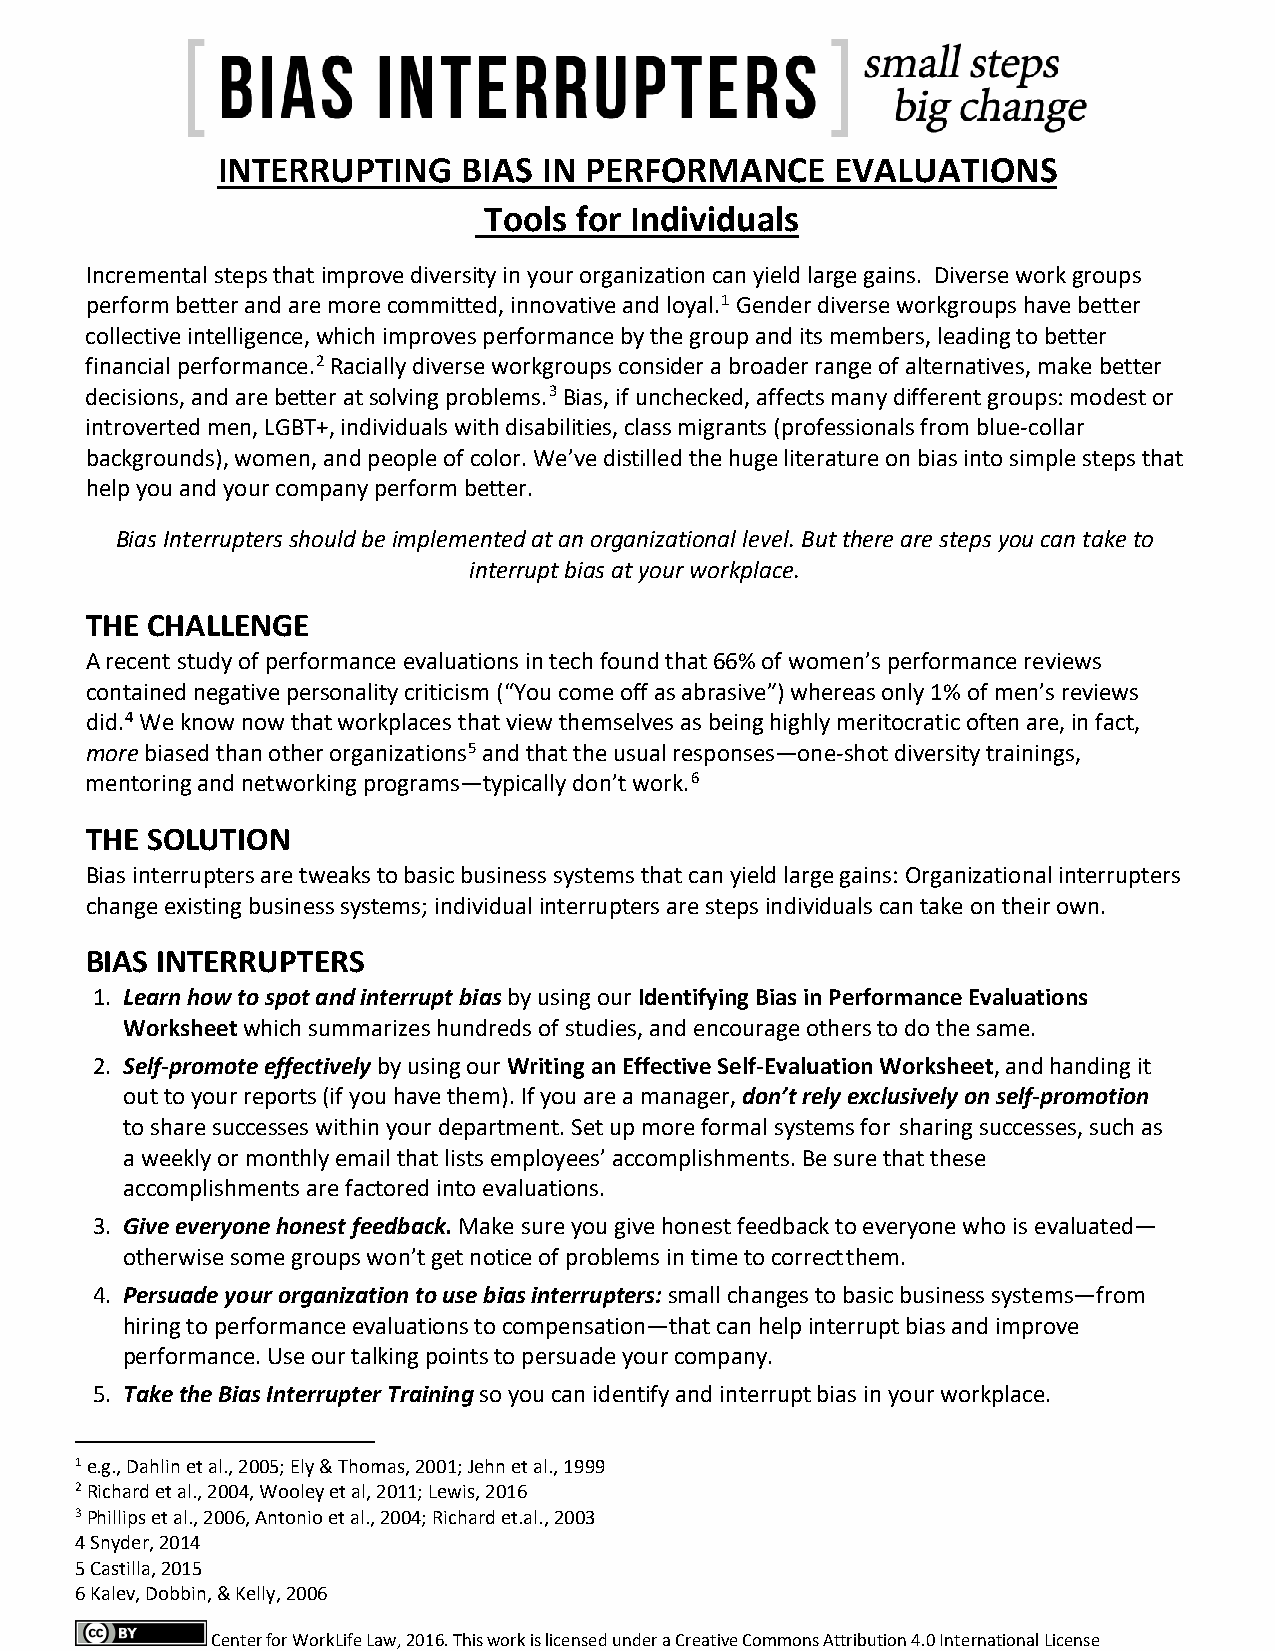
INTERRUPTING     BIAS IN PERFORMANCE     EVALUATIONS
 Tools for Individuals
 Incremental steps that improve diversity in your organization can yield large gains. Diverse work groups
 perform better and are more committed, innovative and loyal.1 Gender diverse workgroups have better
 collective intelligence, which improves performance by the group and its members, leading to better
 financial performance.2 Racially diverse workgroups consider a broader range of alternatives, make better
 decisions, and are better at solving problems.3 Bias, if unchecked, affects many different groups: modest or
 introverted men, LGBT+, individuals with disabilities, class migrants (professionals from blue-collar
 backgrounds), women, and people of color. We’ve distilled the huge literature on bias into simple steps that
 help you and your company perform better.
 Bias Interrupters should be implemented at an organizational level. But there are steps you can take to
 interrupt bias at your workplace.
 THE CHALLENGE
 A recent study of performance evaluations in tech found that 66% of women’s performance reviews
 contained negative personality criticism (“You come off as abrasive”) whereas only 1% of men’s reviews
 did.4 We know now that workplaces that view themselves as being highly meritocratic often are, in fact,
 more biased than other organizations5 and that the usual responses—one-shot diversity trainings,
 mentoring and networking programs—typically don’t work.6
 THE SOLUTION
 Bias interrupters are tweaks to basic business systems that can yield large gains: Organizational interrupters
 change existing business systems; individual interrupters are steps individuals can take on their own.
 BIAS INTERRUPTERS
 1. Learn how to spot and interrupt bias by using our Identifying Bias in Performance Evaluations
 Worksheet which summarizes hundreds of studies, and encourage others to do the same.
 2. Self-promote effectively by using our Writing an Effective Self-Evaluation Worksheet, and handing it
 out to your reports (if you have them). If you are a manager, don’t rely exclusively on self-promotion
 to share successes within your department. Set up more formal systems for sharing successes, such as
 a weekly or monthly email that lists employees’ accomplishments. Be sure that these
 accomplishments are factored into evaluations.
 3. Give everyone honest feedback. Make sure you give honest feedback to everyone who is evaluated—
 otherwise some groups won’t get notice of problems in time to correct them.
 4. Persuade your organization to use bias interrupters: small changes to basic business systems—from
 hiring to performance evaluations to compensation—that can help interrupt bias and improve
 performance. Use our talking points to persuade your company.
 5. Take the Bias Interrupter Training so you can identify and interrupt bias in your workplace.
 1 e.g., Dahlin et al., 2005; Ely & Thomas, 2001; Jehn et al., 1999
 2 Richard et al., 2004, Wooley et al, 2011; Lewis, 2016
 3 Phillips et al., 2006, Antonio et al., 2004; Richard et.al., 2003
 4 Snyder, 2014
 5 Castilla, 2015
 6 Kalev, Dobbin, & Kelly, 2006
 Center for WorkLife Law, 2016. This work is licensed under a Creative Commons Attribution 4.0 International License